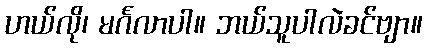
ဟယ်လို၊ မင်္ဂလာပါ။ ဘယ်သူပါလဲခင်ဗျာ။